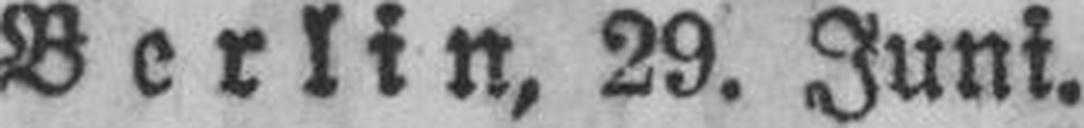
Berlin, 29. Juni.